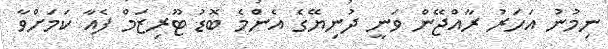
ނިމުނު އަހަރު ރާއްޖޭން ވަނީ ދުނިޔޭގެ އެންމެ ބޮޑު ޓޫރިޒަމް ފެއާ ކަމަށްވާ